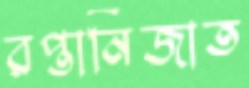
রপ্তানিজাত